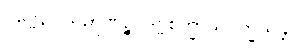
ပုဗ္ဗေနိဝါသဉာဏဉ္စ၊ ဒိဗ္ဗစက္ခာသဝက္ခယန္တိ။